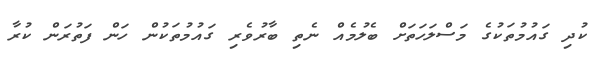
ކުދި ގައުމުތަކުގެ މަސްލަހަތަށް ބެލުމެއް ނެތި ބާރުވެރި ގައުމުތަކުން ހަން ފަތުރަން ކުރާ